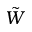
\tilde { W }